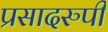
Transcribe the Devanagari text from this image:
प्रसादरुपी